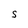
Character: S